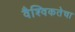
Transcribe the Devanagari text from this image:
वैश्विकतेचा